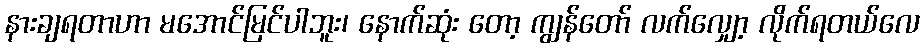
နားချရတာဟာ မအောင်မြင်ပါဘူး၊ နောက်ဆုံး တော့ ကျွန်တော် လက်လျှော့ လိုက်ရတယ်လေ